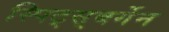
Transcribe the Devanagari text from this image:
स्पिट्स्‌बर्गेन